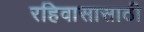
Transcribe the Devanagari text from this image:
रहिवासासाठी